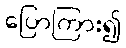
ပြောကြား၍